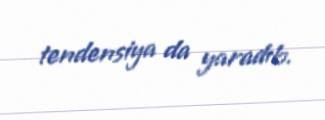
tendensiya da yaradıb.